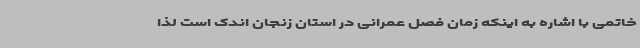
خاتمی با اشاره به اینکه زمان فصل عمرانی در استان زنجان اندک است لذا